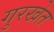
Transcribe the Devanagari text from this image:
गुरखेत